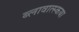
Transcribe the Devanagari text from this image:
ब्लावात्स्कया